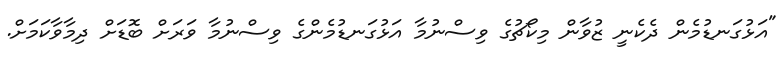
"އަޅުގަނޑުމެން ދެކެނީ ޒުވާން މިކޯޗުގެ ވިސްނުމާ އަޅުގަނޑުމެންގެ ވިސްނުމާ ވަރަށް ބޮޑަށް ދިމާވާކަމަށް.